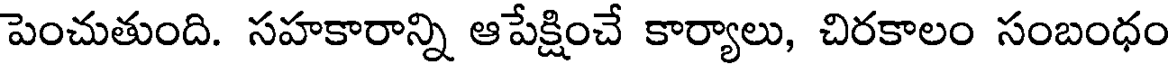
పెంచుతుంది. సహకారాన్ని ఆపేక్షించే కార్యాలు, చిరకాలం సంబంధం